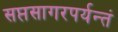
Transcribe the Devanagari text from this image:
सप्तसागरपर्यन्तं